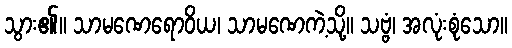
သွား၏။ သာမဏေရောဝိယ၊ သာမဏေကဲ့သို့။ သဗ္ဗံ၊ အလုံးစုံသော။